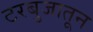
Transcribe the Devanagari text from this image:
टरबुजातून